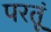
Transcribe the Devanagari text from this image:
परतूं